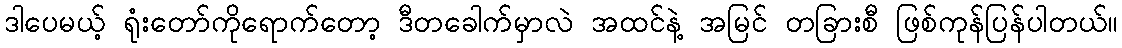
ဒါပေမယ့် ရုံးတော်ကိုရောက်တော့ ဒီတခေါက်မှာလဲ အထင်နဲ့ အမြင် တခြားစီ ဖြစ်ကုန်ပြန်ပါတယ်။